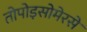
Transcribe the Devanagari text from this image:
तोपोइसोमेरसे